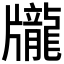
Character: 𪚖